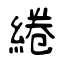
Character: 綣